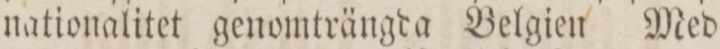
nationalitet genomträngda Belgien Med